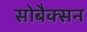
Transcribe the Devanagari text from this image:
सोबैक्सन